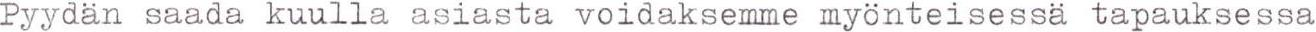
Pyydän saada kuulla asiasta voidaksemme myönteisessä tapauksessa